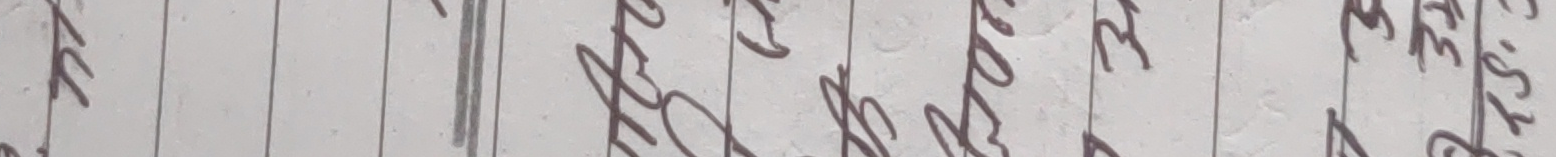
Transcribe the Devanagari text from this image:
श्रीम्मति